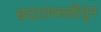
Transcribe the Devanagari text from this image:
बचावफळीतून